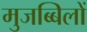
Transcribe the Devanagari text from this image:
मुजब्बिलों